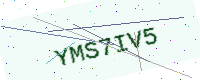
Text: YMS7IV5